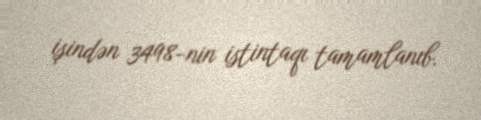
işindən 3498-nin istintaqı tamamlanıb.